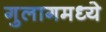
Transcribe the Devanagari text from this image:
गुलागमध्ये